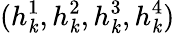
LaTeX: (h_{\mathit{k}}^{1},h_{\mathit{k}}^{2},h_{\mathit{k}}^{3},h_{\mathit{k}}^{4})